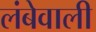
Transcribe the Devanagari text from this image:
लंबेवाली